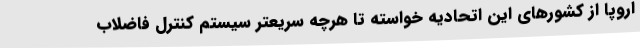
اروپا از کشورهای این اتحادیه خواسته تا هرچه سریعتر سیستم کنترل فاضلاب